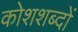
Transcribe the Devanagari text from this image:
कोशशब्दों